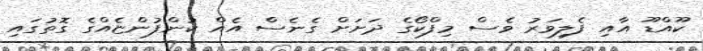
ކޫއްޑޫ އާއި ފެލިވަރު ވެސް މިފްކޯގެ ދަށަށް ގެނެސް އެއް ކުންފުންޏެއްގެ ގޮތުގައި